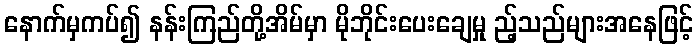
နောက်မှကပ်၍ နန်းကြည်တို့အိမ်မှာ မိုဘိုင်းပေးချေမှု ည့်သည်များအနေဖြင့်